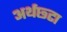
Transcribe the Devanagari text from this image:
अर्थछ्टा